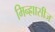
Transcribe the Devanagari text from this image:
मिन्ह्राासीज